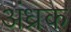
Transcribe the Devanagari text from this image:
अंध्रक